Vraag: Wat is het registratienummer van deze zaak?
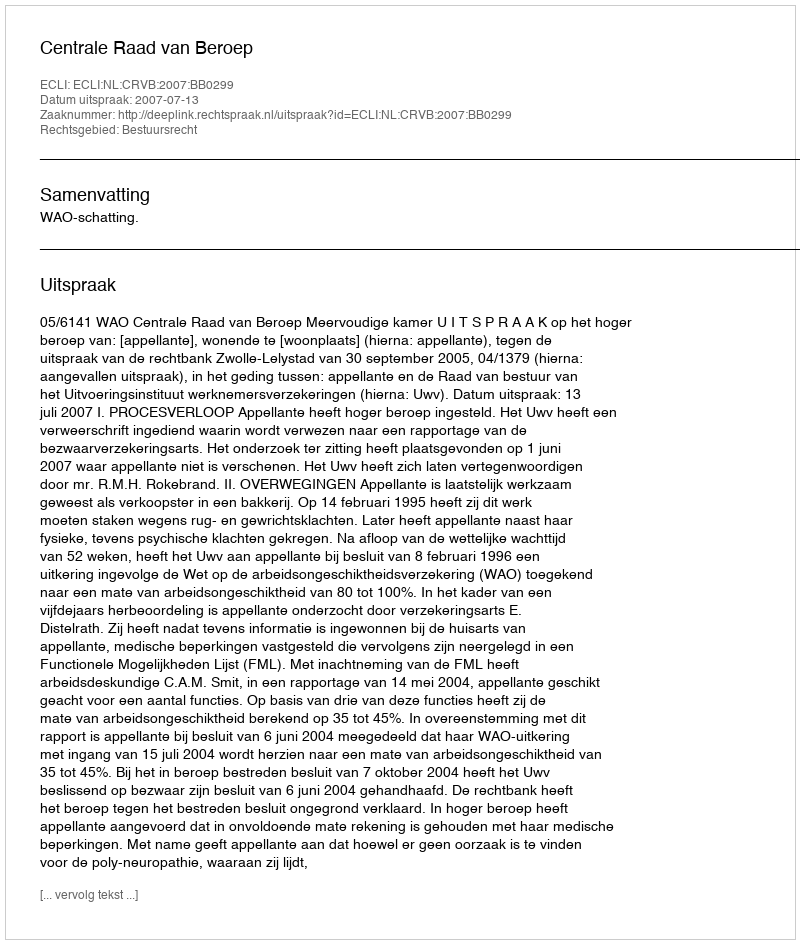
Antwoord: http://deeplink.rechtspraak.nl/uitspraak?id=ECLI:NL:CRVB:2007:BB0299